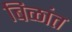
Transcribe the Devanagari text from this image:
बिळांत